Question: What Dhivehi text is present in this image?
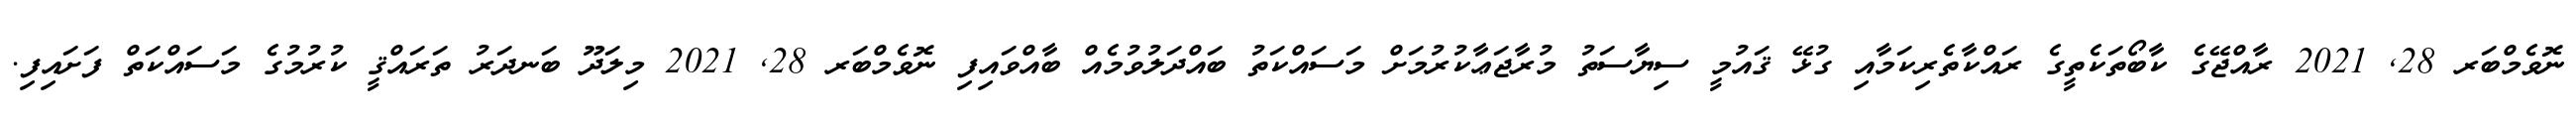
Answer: ނޮވެމްބަރ 28, 2021 ރާއްޖޭގެ ކާބޯތަކެތީގެ ރައްކާތެރިކަމާއި ގުޅޭ ޤައުމީ ސިޔާސަތު މުރާޖަޢާކުރުމަށް މަސައްކަތު ބައްދަލުވުމެއް ބާއްވައިފި ނޮވެމްބަރ 28, 2021 މިލަދޫ ބަނދަރު ތަރައްޤީ ކުރުމުގެ މަސައްކަތް ފަށައިފި.